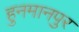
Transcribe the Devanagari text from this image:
हुनमानपुर